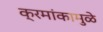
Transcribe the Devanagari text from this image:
क्रमांकामुळे